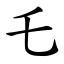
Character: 乇